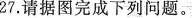
27.请据图完成下列问题。